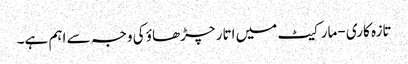
تازہ کاری -مارکیٹ میں اتار چڑھاؤ کی وجہ سے اہم ہے۔